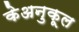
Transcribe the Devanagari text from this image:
केअनुकूल